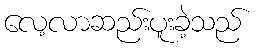
လေ့လာဆည်းပူးခဲ့သည်